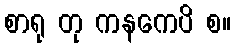
စာရု တု ကနကေပိ စ။